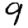
Digit: 9